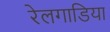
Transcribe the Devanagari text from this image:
रेलगाडिया